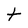
Character: t